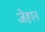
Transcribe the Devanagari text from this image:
जेहान